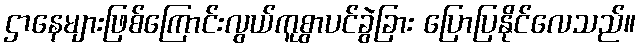
ဌာနေများဖြစ်ကြောင်းလွယ်ကူစွာပင်ခွဲခြား ပြောပြနိုင်လေသည်။